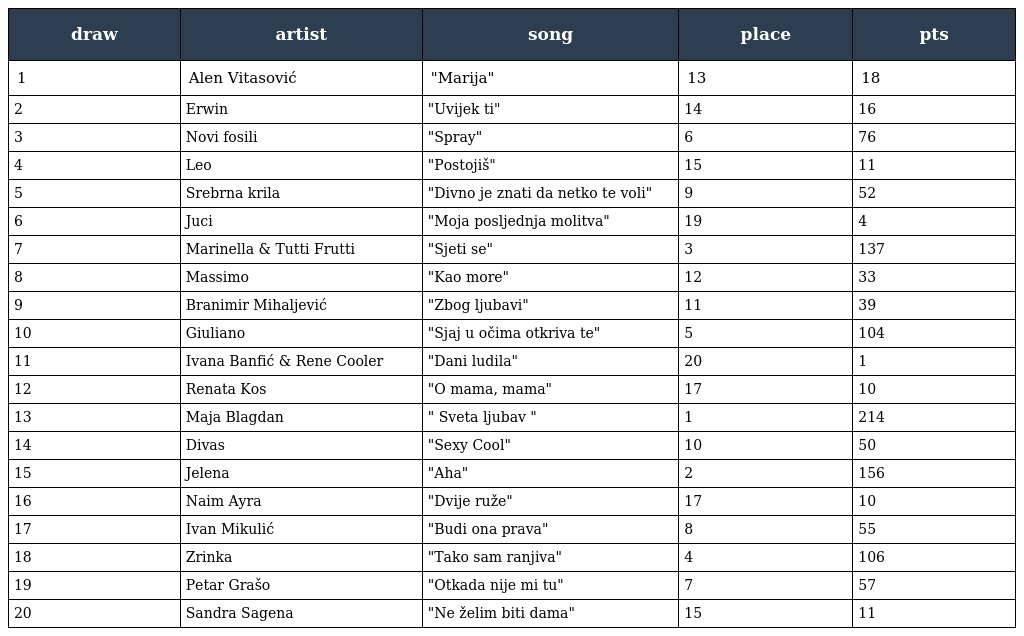
| draw | artist | song | place | pts |
 | --- | --- | --- | --- | --- |
 | 1 | Alen Vitasović | "Marija" | 13 | 18 |
 | 2 | Erwin | "Uvijek ti" | 14 | 16 |
 | 3 | Novi fosili | "Spray" | 6 | 76 |
 | 4 | Leo | "Postojiš" | 15 | 11 |
 | 5 | Srebrna krila | "Divno je znati da netko te voli" | 9 | 52 |
 | 6 | Juci | "Moja posljednja molitva" | 19 | 4 |
 | 7 | Marinella & Tutti Frutti | "Sjeti se" | 3 | 137 |
 | 8 | Massimo | "Kao more" | 12 | 33 |
 | 9 | Branimir Mihaljević | "Zbog ljubavi" | 11 | 39 |
 | 10 | Giuliano | "Sjaj u očima otkriva te" | 5 | 104 |
 | 11 | Ivana Banfić & Rene Cooler | "Dani ludila" | 20 | 1 |
 | 12 | Renata Kos | "O mama, mama" | 17 | 10 |
 | 13 | Maja Blagdan | " Sveta ljubav " | 1 | 214 |
 | 14 | Divas | "Sexy Cool" | 10 | 50 |
 | 15 | Jelena | "Aha" | 2 | 156 |
 | 16 | Naim Ayra | "Dvije ruže" | 17 | 10 |
 | 17 | Ivan Mikulić | "Budi ona prava" | 8 | 55 |
 | 18 | Zrinka | "Tako sam ranjiva" | 4 | 106 |
 | 19 | Petar Grašo | "Otkada nije mi tu" | 7 | 57 |
 | 20 | Sandra Sagena | "Ne želim biti dama" | 15 | 11 |